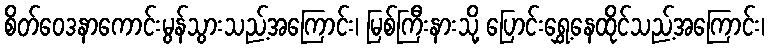
စိတ်ဝေဒနာကောင်းမွန်သွားသည့်အကြောင်း၊ မြစ်ကြီးနားသို့ ပြောင်းရွှေ့နေထိုင်သည့်အကြောင်း၊